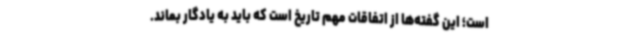
است؛ این گفته‌ها از اتفاقات مهم تاریخ است که باید به یادگار بماند.